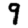
Digit: 9